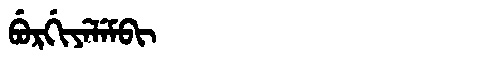
Manchu: ᠪᡠᡵᡤᡳᠶᡝᠯᡝᠮᠪᡳ
Romanization: BURGIYELEMBI